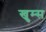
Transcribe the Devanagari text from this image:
खुम्स